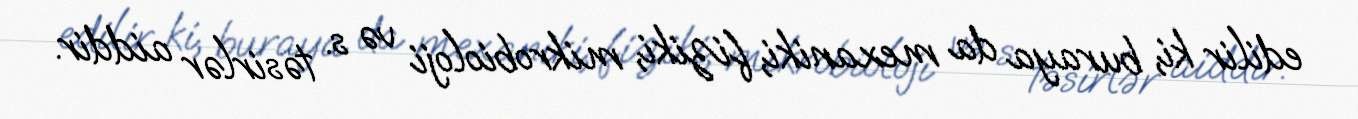
edilir ki, buraya da mexaniki, fiziki, mikrobioloji və s. təsirlər aiddir.